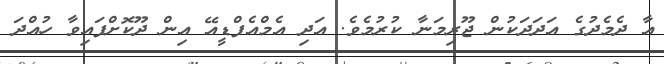
އާ ދެމެދުގެ އަދަދަކުން ޖޫރިމަނާ ކުރުމެވެ. އަދި އެމްއެފްޑީއޭ އިން ދޫކޮށްފައިވާ ހުއްދަ